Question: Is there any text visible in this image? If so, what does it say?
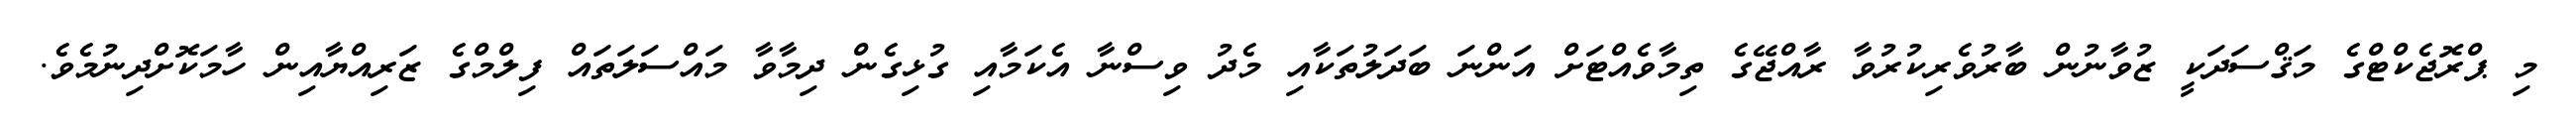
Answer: މި ޕްރޮޖެކްޓްގެ މަޤްސަދަކީ ޒުވާނުން ބާރުވެރިކުރުވާ ރާއްޖޭގެ ތިމާވެއްޓަށް އަންނަ ބަދަލުތަކާއި މެދު ވިސްނާ އެކަމާއި ގުޅިގެން ދިމާވާ މައްސަލަތައް ފިލްމްގެ ޒަރިއްޔާއިން ހާމަކޮށްދިނުމެވެ.